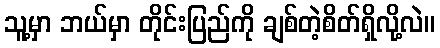
သူ့မှာ ဘယ်မှာ တိုင်းပြည်ကို ချစ်တဲ့စိတ်ရှိလို့လဲ။